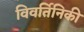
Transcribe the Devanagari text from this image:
विवर्तिनिकी